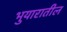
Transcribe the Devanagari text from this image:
भुयारातील